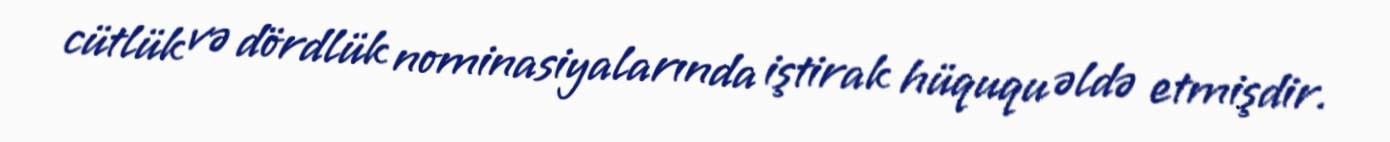
cütlük və dördlük nominasiyalarında iştirak hüququ əldə etmişdir.